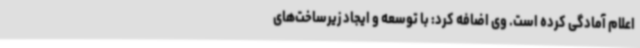
اعلام آمادگی کرده است. وی اضافه کرد: با توسعه و ایجاد زیرساخت‌های